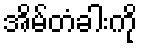
အိမ်တံခါးကို